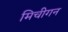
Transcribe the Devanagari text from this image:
मिचीगन